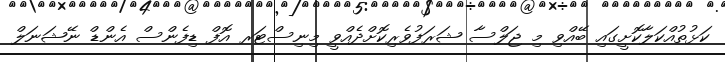
ކަޅުތުއްކަލާކޮށީގައި ބޭއްވި މި ޖަލްސާ ޝަރަފުވެރިކޮށްދެއްވީ މިނިސްޓަރ އޮފް ޑިފެންސް އެންޑް ނޭޝަނަލް